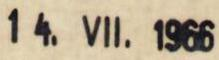
14. VII. 1966